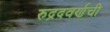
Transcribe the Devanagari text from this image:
रुद्रदवर्णची